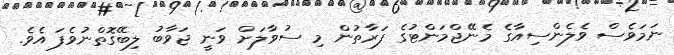
ނަމަވެސް ވެލެންސިއާގެ މެނޭޖްމަންޓުގެ ފަރާތުން މި ސުވާލަށް ވަނީ ޖަވާބު ލިބޭގޮތްނުވެފަ އެވެ.